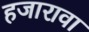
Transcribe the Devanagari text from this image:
हजारावा